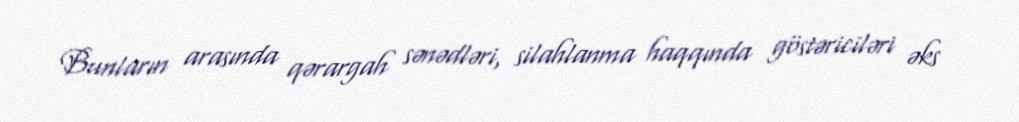
Bunların arasında qərargah sənədləri, silahlanma haqqında göstəriciləri əks